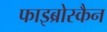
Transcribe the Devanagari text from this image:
फाइब्रोस्कैन